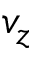
v _ { z }